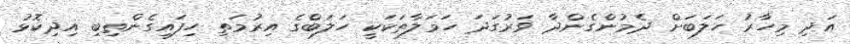
އަދި މިހާރު ހަލަބަށް ދެމުންގެންދާ ވަރުގަދަ ހަމަލާތަކަކީ ހަލަބްގެ އިރުމަތި ހިފައިގެންތިބި އިދިކޮޅު